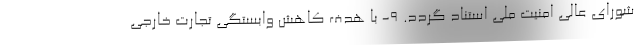
شورای عالی امنیت ملی استناد گردد. ۹- با هدف کاهش وابستگی تجارت خارجی